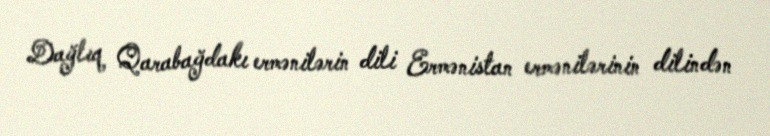
Dağlıq Qarabağdakı ermənilərin dili Ermənistan ermənilərinin dilindən